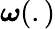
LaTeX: \boldsymbol\omega(.)